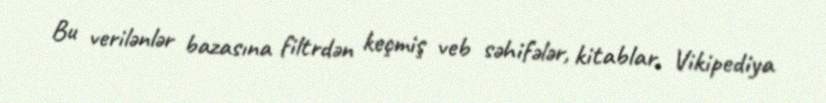
Bu verilənlər bazasına filtrdən keçmiş veb səhifələr, kitablar, Vikipediya